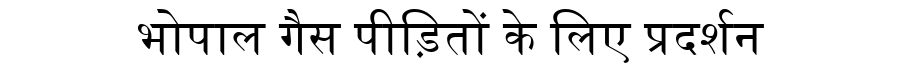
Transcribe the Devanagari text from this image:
भोपाल गैस पीड़ितों के लिए प्रदर्शन